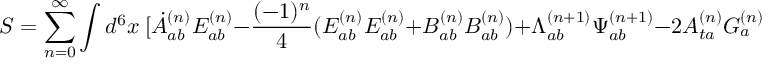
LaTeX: S = \sum _ { n = 0 } ^ { \infty } \int d ^ { 6 } x \ [ \dot { A } _ { a b } ^ { ( n ) } E _ { a b } ^ { ( n ) } - \frac { ( - 1 ) ^ { n } } { 4 } ( E _ { a b } ^ { ( n ) } E _ { a b } ^ { ( n ) } + B _ { a b } ^ { ( n ) } B _ { a b } ^ { ( n ) } ) + { \Lambda } _ { a b } ^ { ( n + 1 ) } { \Psi } _ { a b } ^ { ( n + 1 ) } - 2 A _ { t a } ^ { ( n ) } { \cal G } _ { a } ^ { ( n ) } ] ,